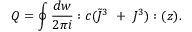
Q = \oint { \frac { d w } { 2 \pi i } } : c ( \tilde { J } ^ { 3 } ~ + ~ J ^ { 3 } ) : ( z ) .